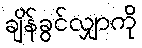
ချိန်ခွင်လျှာကို